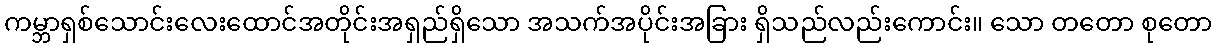
ကမ္ဘာရှစ်သောင်းလေးထောင်အတိုင်းအရှည်ရှိသော အသက်အပိုင်းအခြား ရှိသည်လည်းကောင်း။ သော တတော စုတော